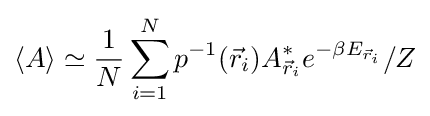
\langle A\rangle \simeq {\frac {1}{N}}\sum _{i=1}^{N}p^{-1}({\vec {r}}_{i})A_{{\vec {r}}_{i}}^{*}e^{-\beta E_{{\vec {r}}_{i}}}/Z